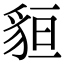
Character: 貆